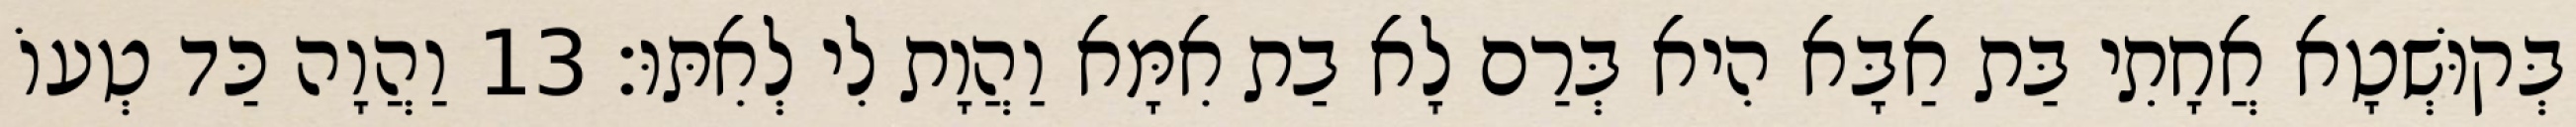
בְּקוּשְׁטָא אֲחָתִי בַּת אַבָּא הִיא בְּרַם לָא בַת אִמָּא וַהֲוָת לִי לְאִתּוּ׃ 13 וַהֲוָה כַּד טְעוֹ